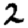
Digit: 2